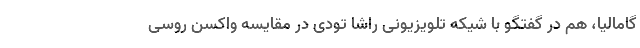
گامالیا، هم در گفتگو با شیکه تلویزیونی راشا تودی در مقایسه واکسن روسی